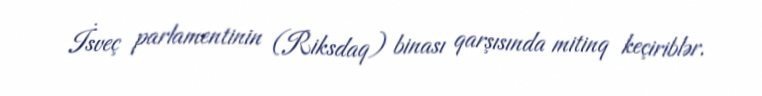
İsveç parlamentinin (Riksdaq) binası qarşısında mitinq keçiriblər.